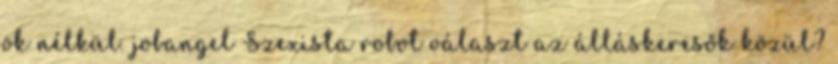
ok nélkül. jobangel Szexista robot választ az álláskeresők közül?